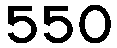
550